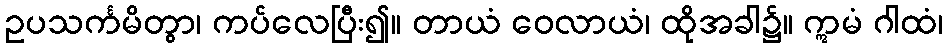
ဥပသင်္ကမိတွာ၊ ကပ်လေပြီး၍။ တာယံ ဝေလာယံ၊ ထိုအခါ၌။ ဣမံ ဂါထံ၊